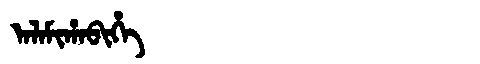
Manchu: ᠠᠯᠠᠮᡳᡥᠠᠪᡳᡥᡝ
Romanization: ALAMIHABIHE